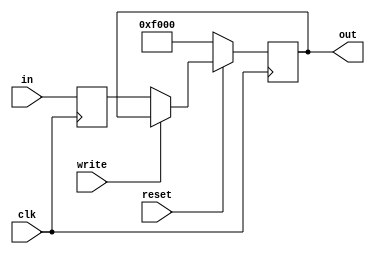
module reg16_NOP(clk, out, in, write, reset);  // Negedge-triggered flipflop register with active-low write signal and reset

	output reg [15:0] out;
	
	input      [15:0] in;
	input      clk, write, reset;
	
	reg [15:0]indata;
	
	always @(negedge clk)
	indata = in;
	
	always@(posedge clk)
		begin
			if(reset==0) 
				begin
					out = 16'b1111000000000000;
				end
			else if(write == 1'b0) 
				begin
					out = indata;
				end
		end
	
endmodule